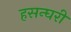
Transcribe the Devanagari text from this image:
हसन्घरी